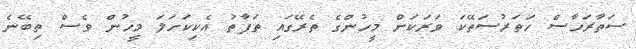
ސަތާރަހާސް ހަތަރުސަތޭކަ ވަރަކަށް މީހުންގެ ތެރޭގައި ތަފާތު އެކިކަހަލަ މީހުން ވެސް ތިބޭނެ